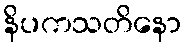
နိပကသတိနော